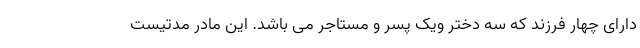
دارای چهار فرزند که سه دختر ویک پسر و مستاجر می باشد. این مادر مدتیست